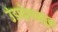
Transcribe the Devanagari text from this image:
उंडाऴेपासून